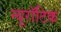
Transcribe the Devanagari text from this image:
न्यूरॉटिक